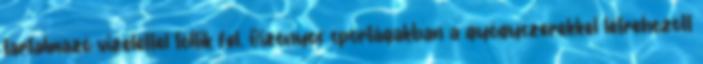
tartalmazó vizelettel töltik fel. Bizonyos sportágakban a gyógyszerekkel létrehozott